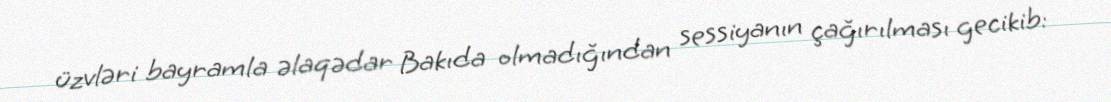
üzvləri bayramla əlaqədar Bakıda olmadığından sessiyanın çağırılması gecikib: